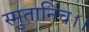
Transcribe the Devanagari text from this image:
स्मुतानिच।।